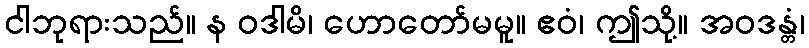
ငါဘုရားသည်။ န ဝဒါမိ၊ ဟောတော်မမူ။ ဧဝံ၊ ဤသို့။ အဝဒန္တံ၊